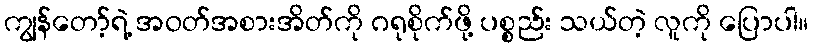
ကျွန်တော့်ရဲ့ အဝတ်အစားအိတ်ကို ဂရုစိုက်ဖို့ ပစ္စည်း သယ်တဲ့ လူကို ပြောပါ။